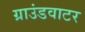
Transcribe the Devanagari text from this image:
ग्राउंडवाटर